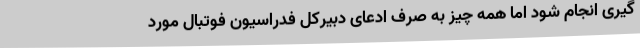
گیری انجام شود اما همه چیز به صرف ادعای دبیرکل فدراسیون فوتبال مورد